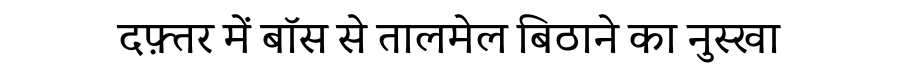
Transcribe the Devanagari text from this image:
दफ़्तर में बॉस से तालमेल बिठाने का नुस्खा